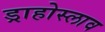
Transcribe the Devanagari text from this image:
ड्राहोस्लाव